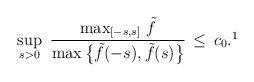
\begin{align*}\sup_{s>0}\ \dfrac{\max_{[-s,s]}\, \tilde{f}} {\max\big\{\tilde{f}(-s),\tilde{f}(s)\big\}}\, \le \, c_0.\footnote{In particular, if $\tilde{f}(s)$ is monotone, then (H1)' is satisfied with $c_0=1$.} \end{align*}